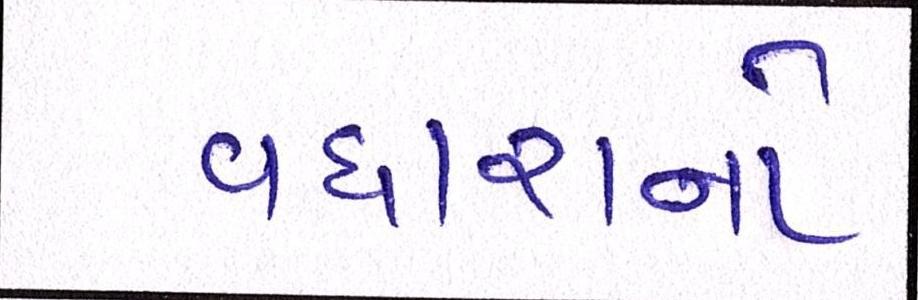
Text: વધારાનો